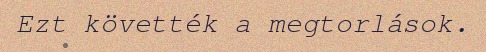
Ezt követték a megtorlások.